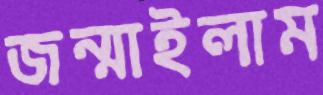
জন্মাইলাম